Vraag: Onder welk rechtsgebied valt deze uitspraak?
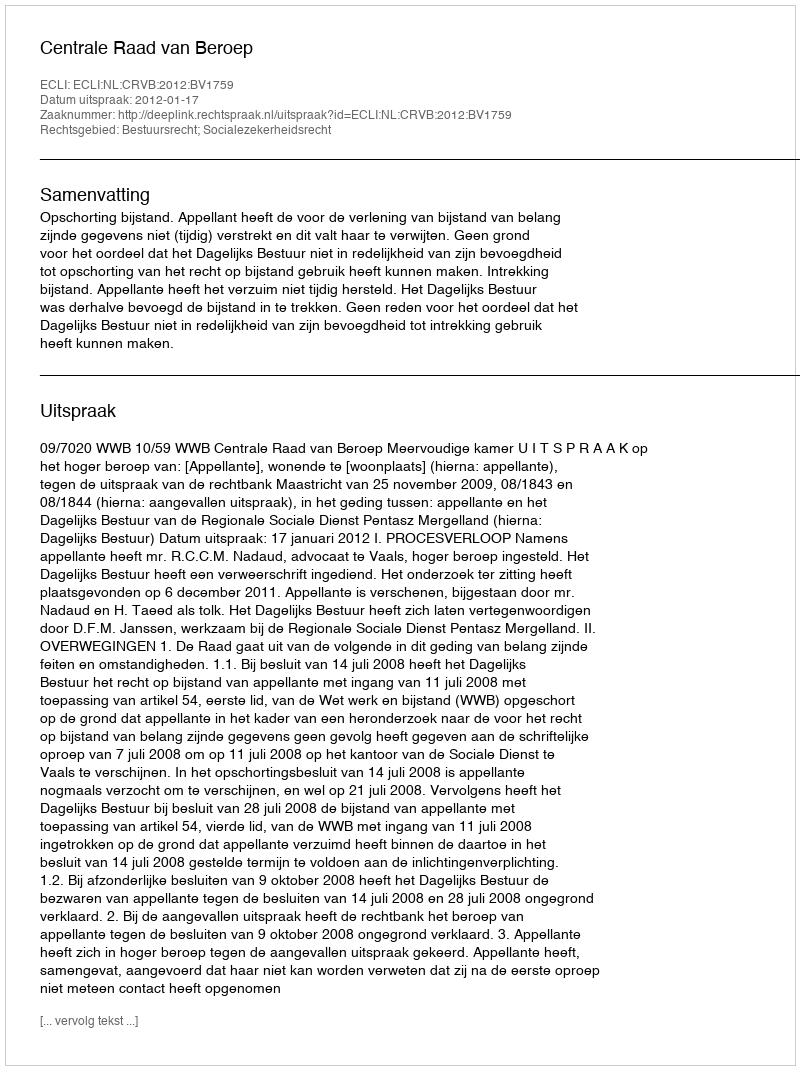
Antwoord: Bestuursrecht; Socialezekerheidsrecht